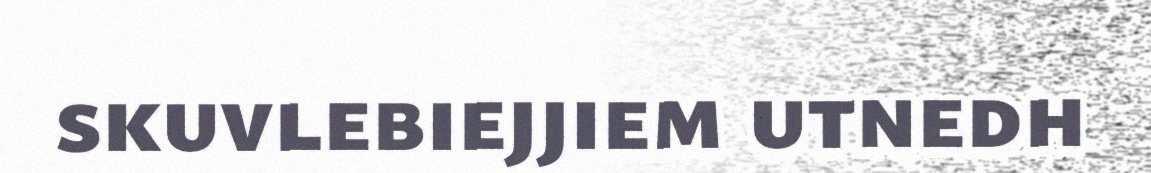
skuvlebiejjiem utnedh